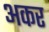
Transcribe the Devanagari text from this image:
अकर